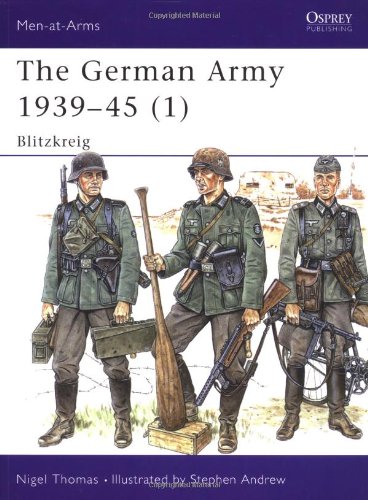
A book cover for The German Army 1939-45 (1): Blitzkrieg (Men-at-Arms); Nigel Thomas; History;